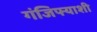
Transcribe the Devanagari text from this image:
गंजिफ्याशी